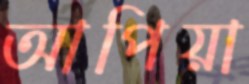
আপিয়া